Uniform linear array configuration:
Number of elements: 12
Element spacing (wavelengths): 0.25
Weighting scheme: hamming
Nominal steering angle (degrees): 60
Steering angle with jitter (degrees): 59.199
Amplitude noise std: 0.05
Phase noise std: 0.05

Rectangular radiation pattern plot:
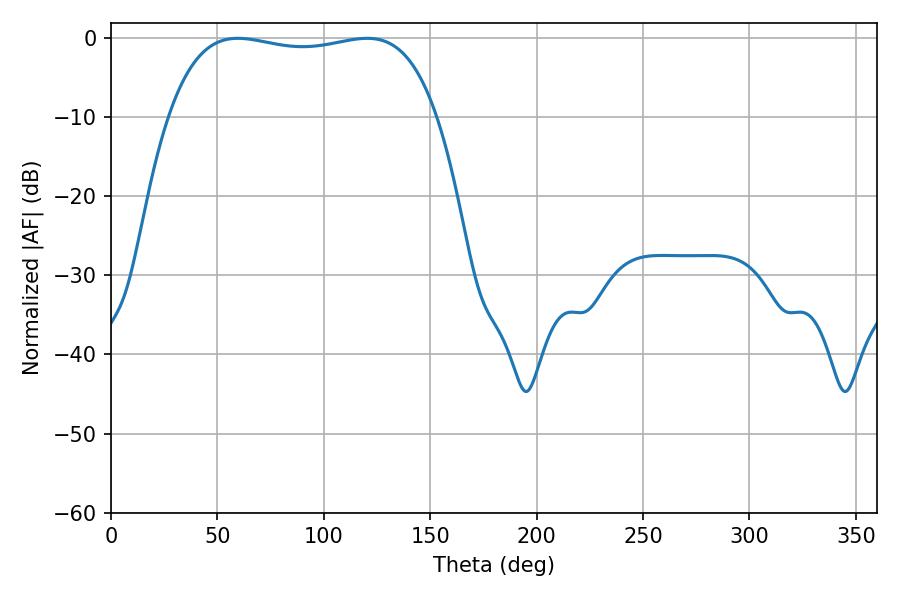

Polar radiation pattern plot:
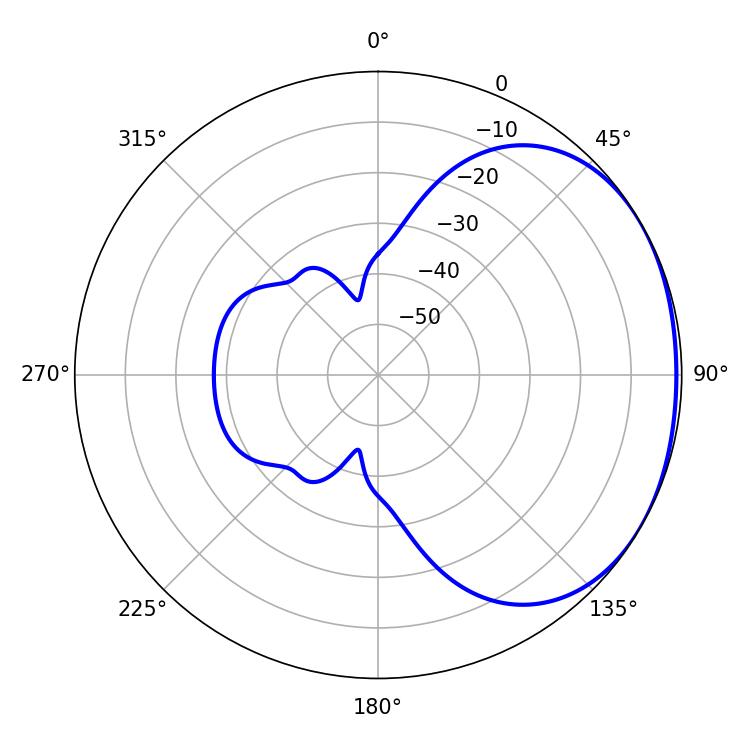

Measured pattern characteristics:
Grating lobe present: FALSE
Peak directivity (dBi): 1.509
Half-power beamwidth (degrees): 101.16
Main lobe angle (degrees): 59.58